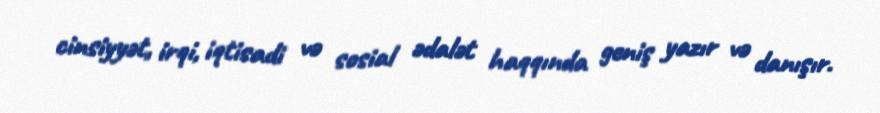
cinsiyyət, irqi, iqtisadi və sosial ədalət haqqında geniş yazır və danışır.